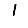
Digit: 1